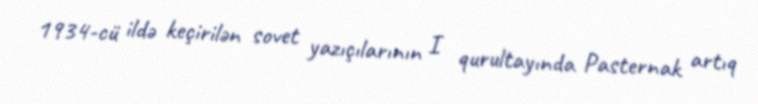
1934-cü ildə keçirilən sovet yazıçılarının I qurultayında Pasternak artıq